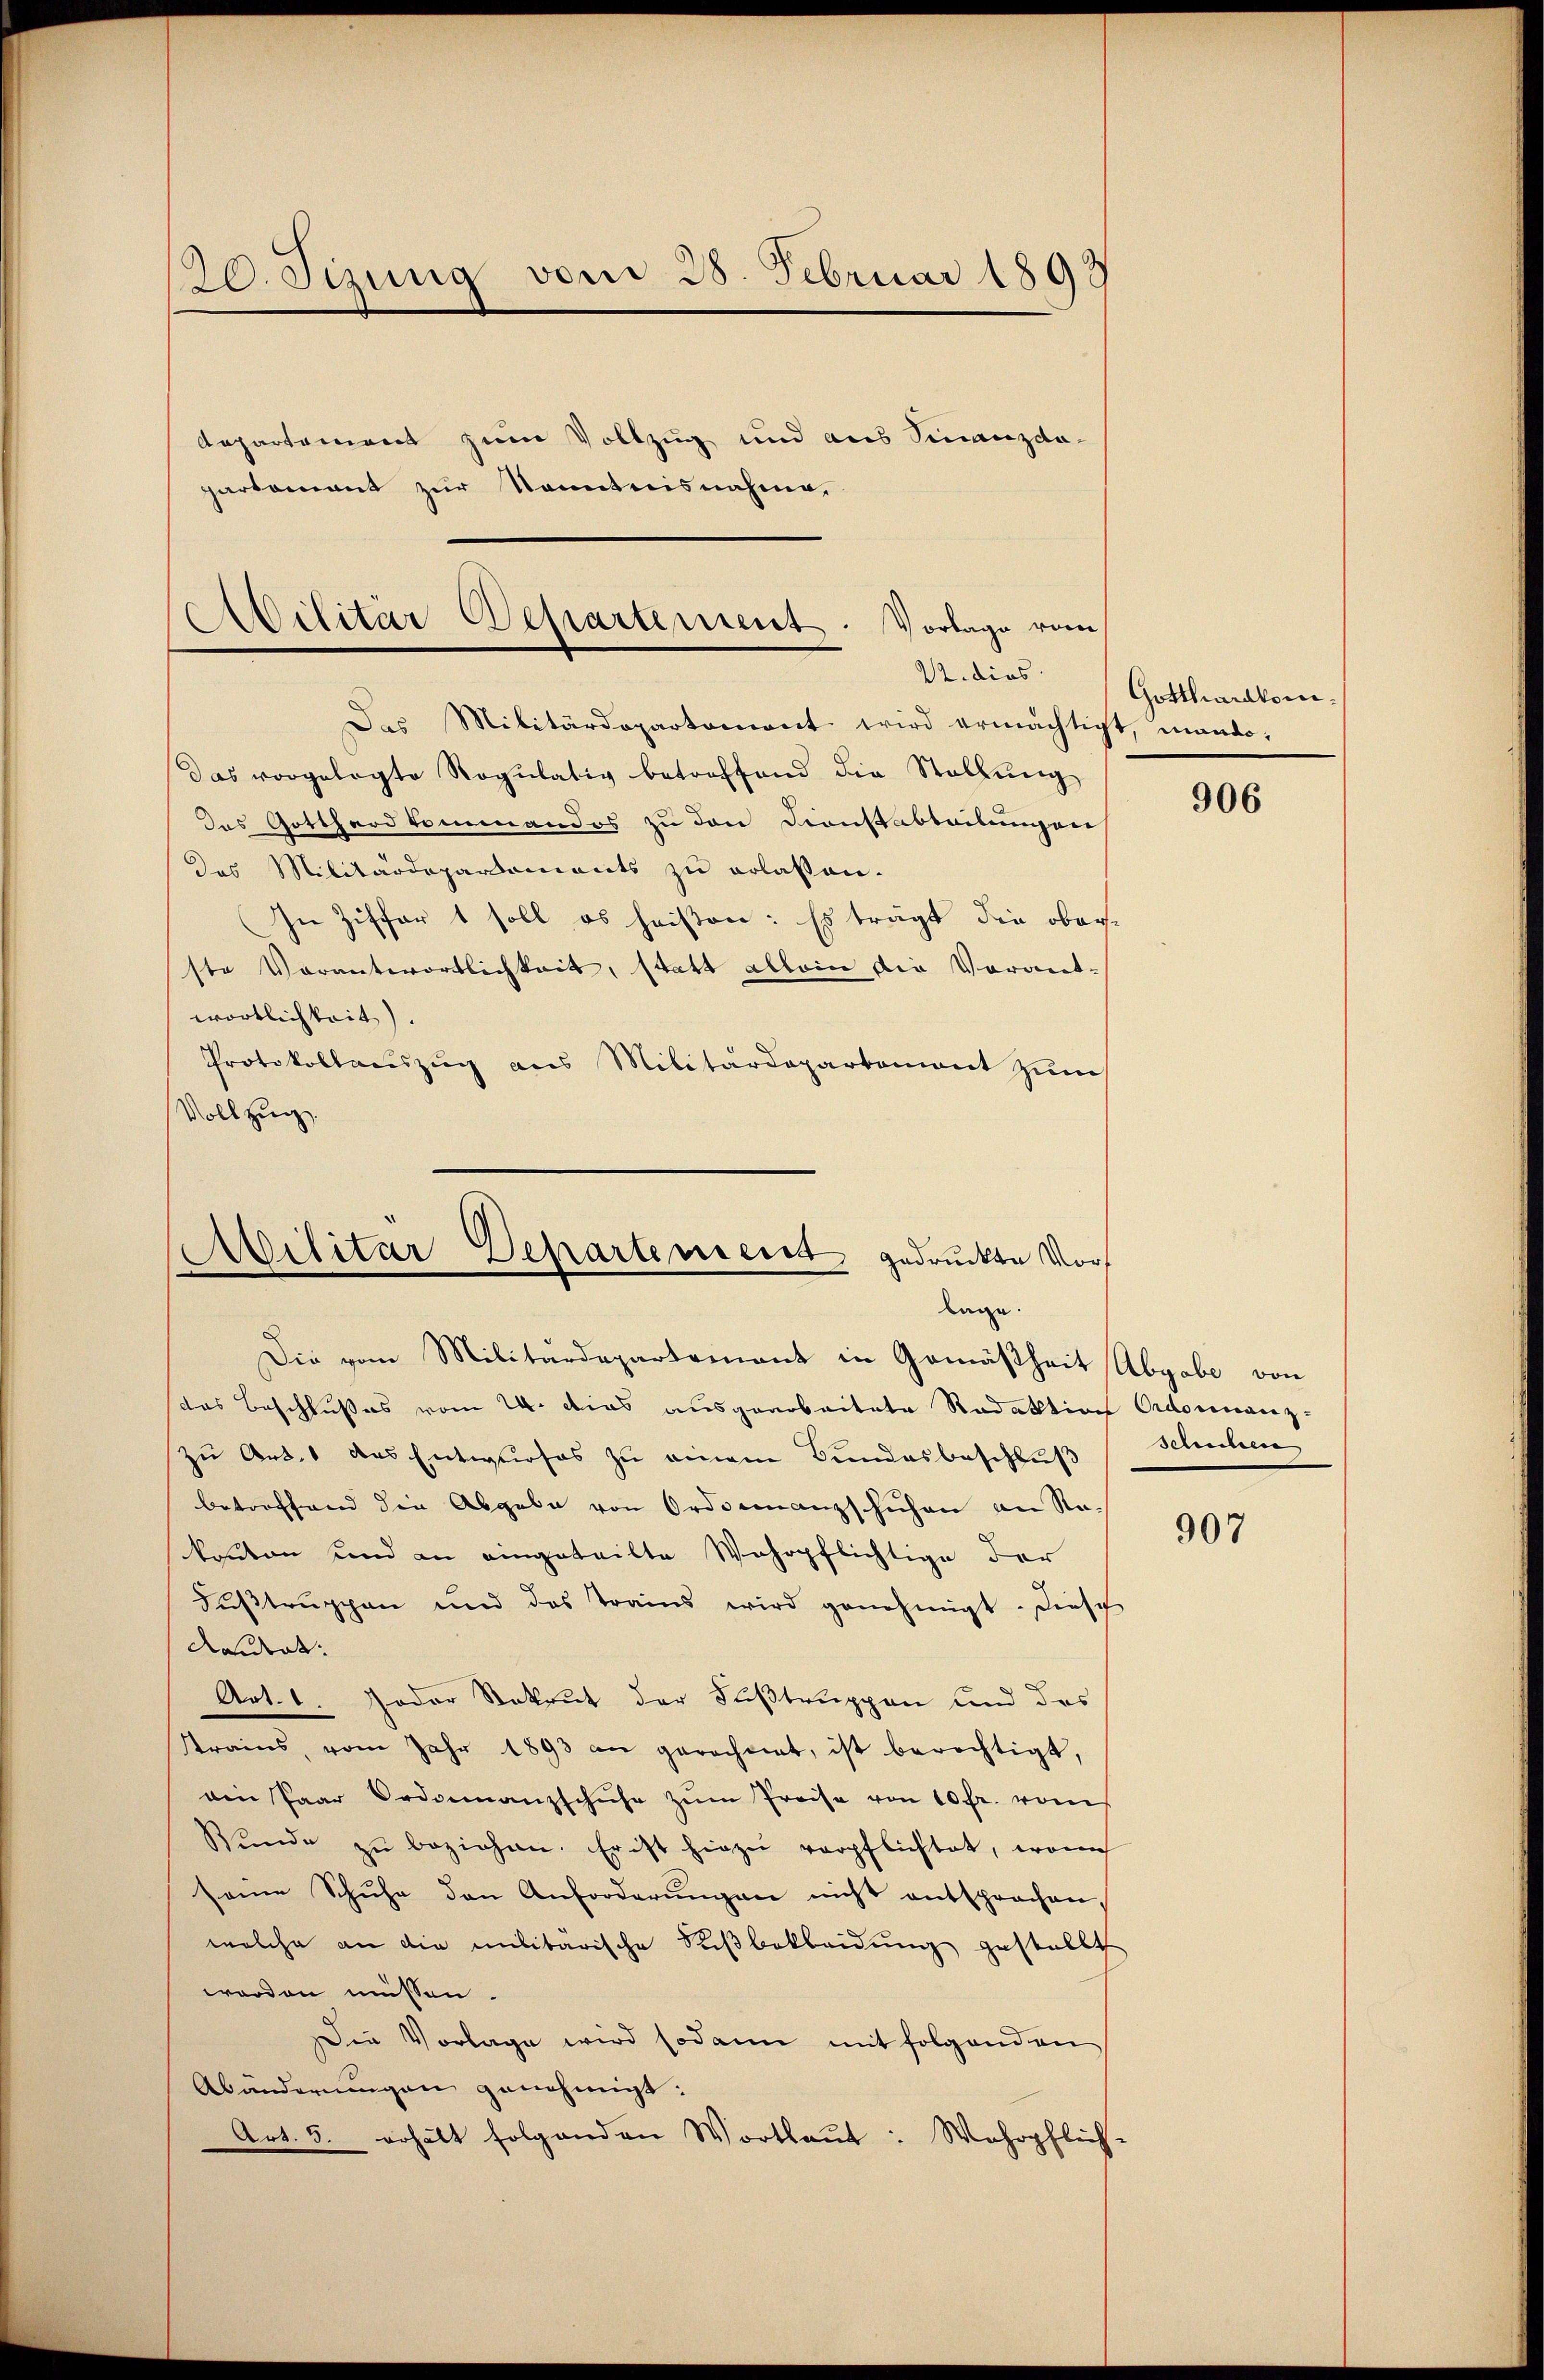
130. Sizung vom 28. Februar 1893
Aepartement zum Vollzug und aus Finanzdaparkomant zur Kenntnisnahme,
Abilitär Departement. Vorlage vom
K. dies

Das Militärdepartament wird ermächtigt, mando,
Das vorgelegte Regulativ betreffend die Stellung
das Gotthard kommandos zu den Dienstabteilungen
das Militärdeparaments zu erlaßen.
In Ziffert soll es heißen: Es trägt die oberste Verantwortlichkeit, statt allein die Vorant-
wortlichkeit).
Protokollauszug aus Militärdepartement zum
Vollzug.

Militar Departemeist gedruckte Vorlage.
Die vom Militärdepartement in Gemäßheit Abgabe von

Gotthardkom¬

das Beschlußes vom 24. Dies ausgearbeitete Redaktion Ordonnanz-
zu Art. 1 das Entwurfes zu einem Bundesbeschluß
betreffend die Abgabe von Ordseinanzschuhen an Na-
kanton und an eingeteilte Wahrpflichtige der
Fŭβtrŭppen und das Trains wird genehmigt. Diesch
daidert:
Art. 1. Joder Rekrut der Fußtruppen und des
strains, vom Jahr 1893 an gerechnet, ist berechtigt,
ain Paar Ordonnanzschuhe zŭm Preise von 10 fr. vom
Bŭnde zŭ beziehen. Er ist hiezu verpflichtet, wenn
seine Schuhe den Anforderungen nicht entsprochen,
welche an die militärische Susbekleidung gestellt
worden müssen.
Die Vorlage wird sodann mit folgenden
Abänderungen genehmigt:
Art. 5. erhält folgenden Wortlaut: Wehrpflich-

906

schschen

907